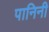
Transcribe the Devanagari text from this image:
पानिनी